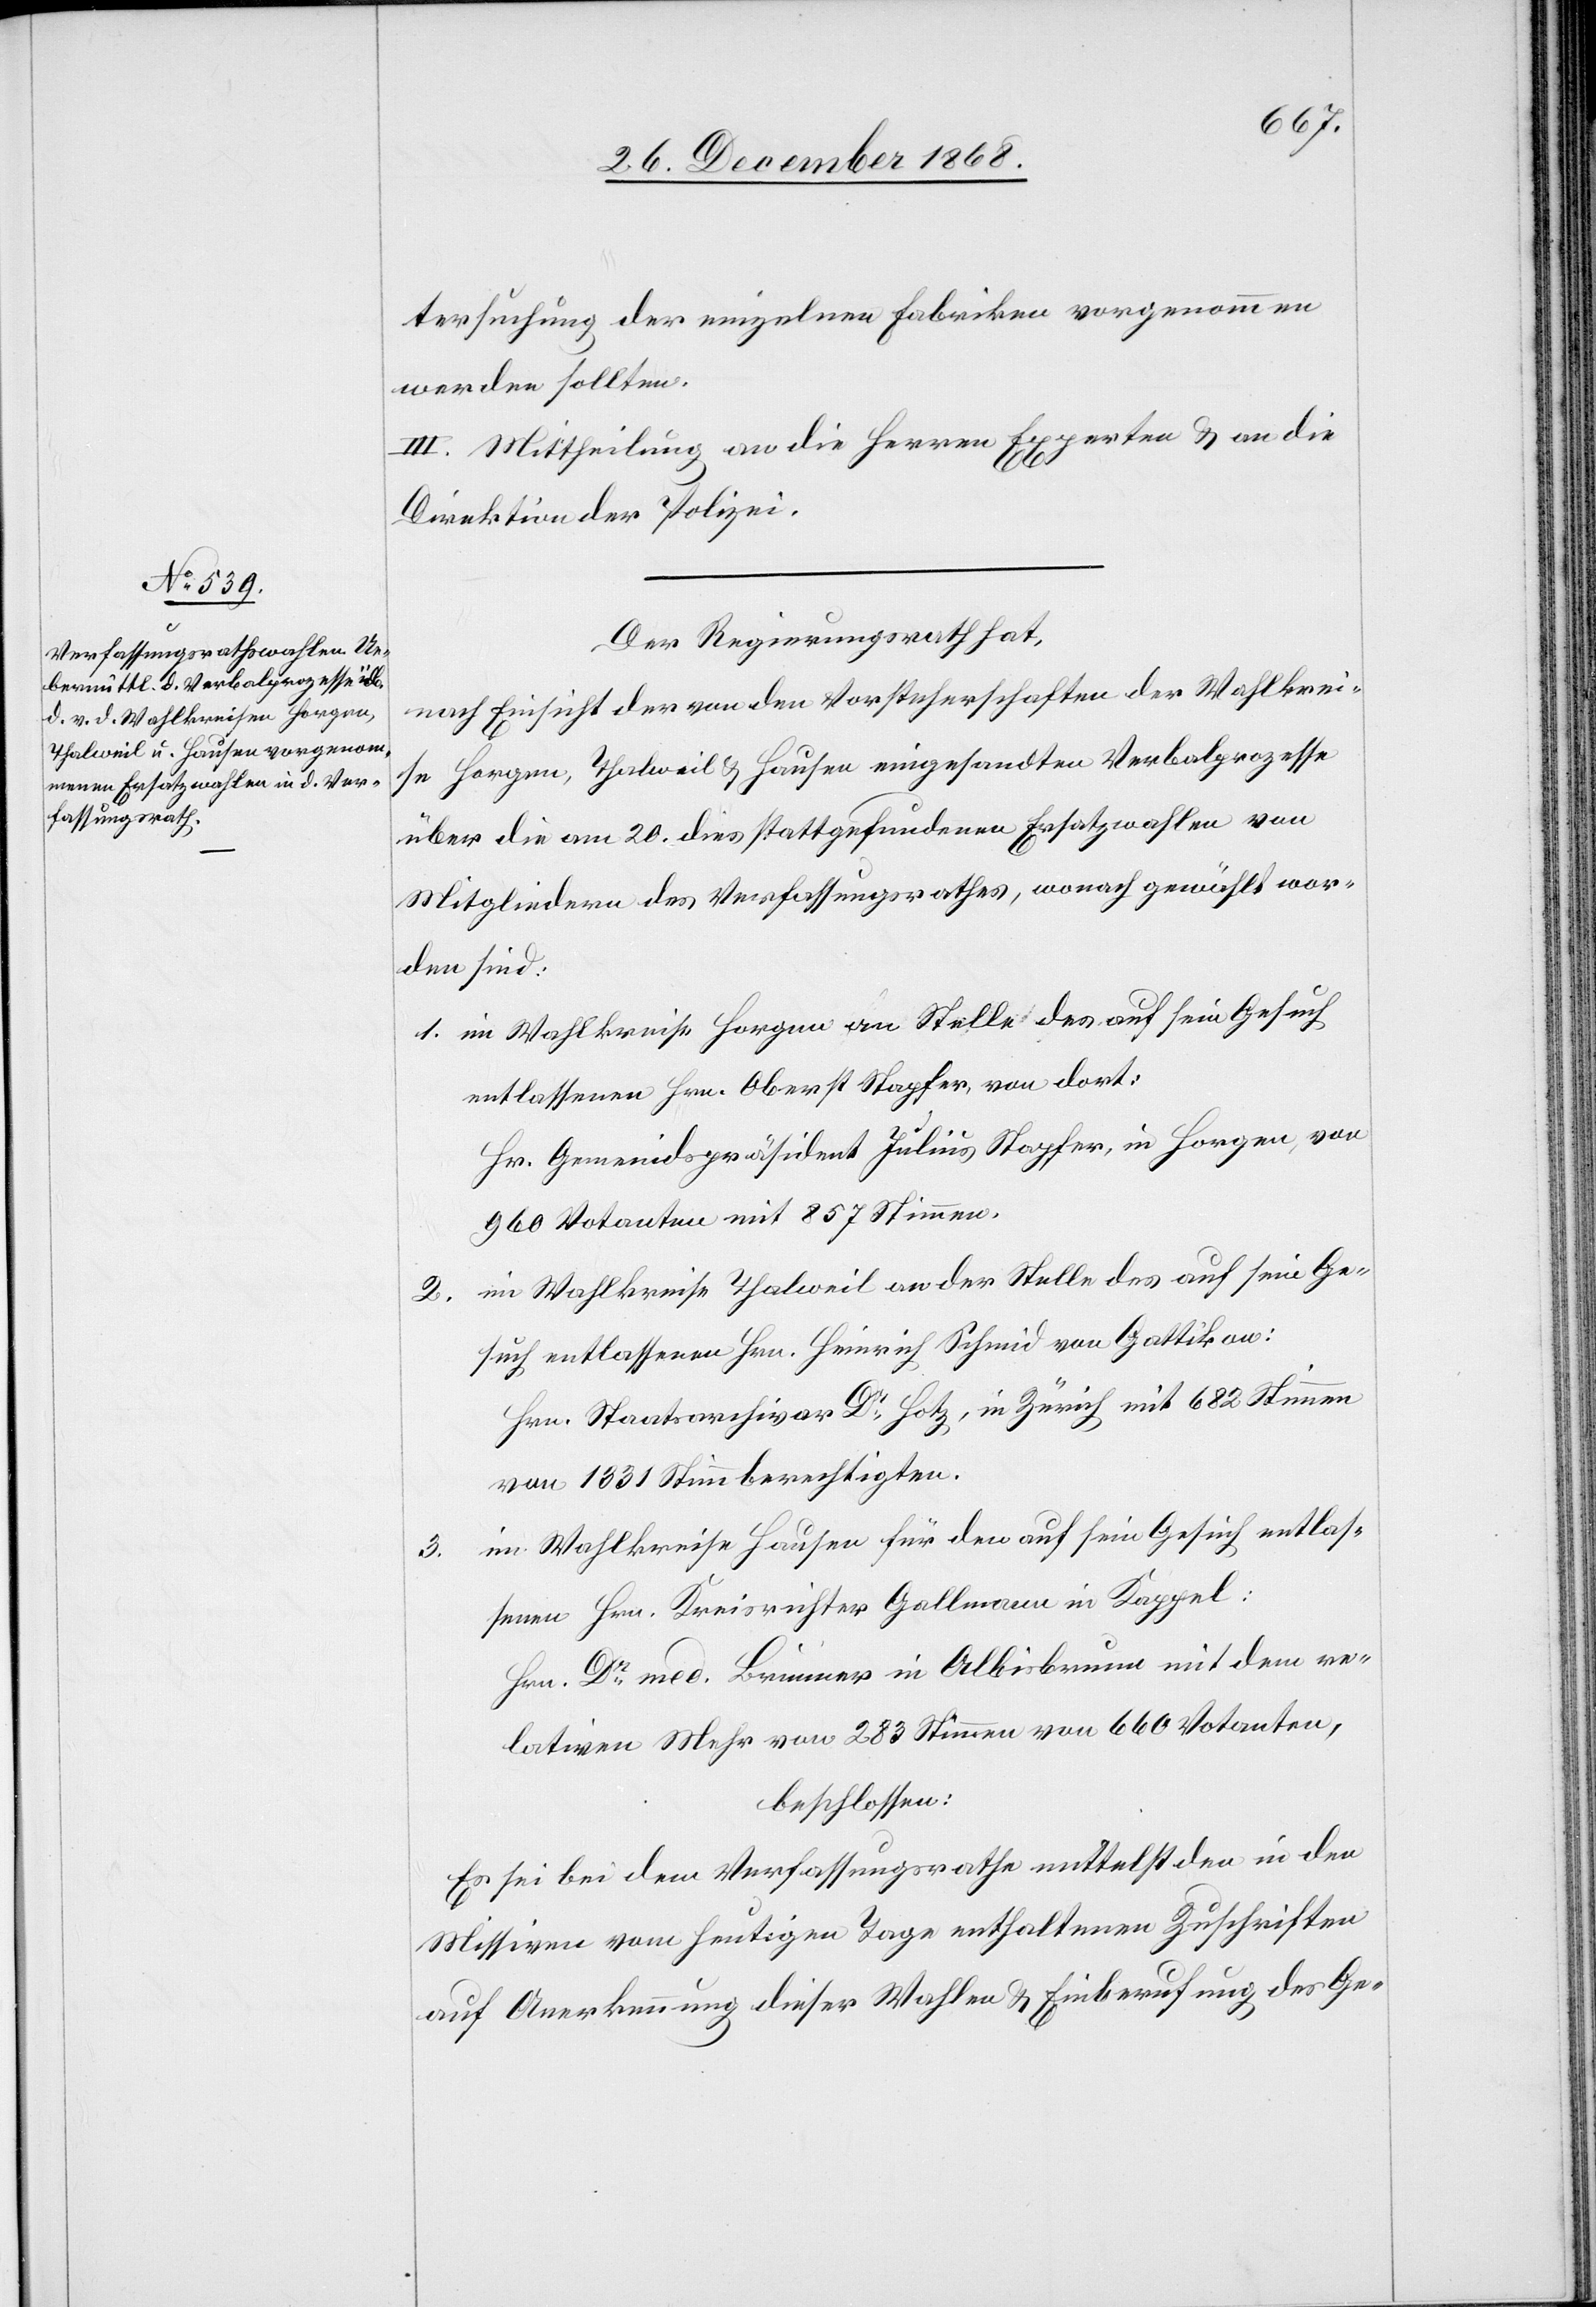
cte:

tersuchung der einzelnen Fabriken vorgenommen
werden sollten.
IV.] Mittheilung an die Herren Experten & an die
Direktion der Polizei.
Der Regierungsrath hat,
nach Einsicht der von den Vorsteherschaften der Wahlkrei¬
se Horgen, Thalweil & Hausen eingesandten Verbalprozesse
über die am 20. dies stattgefundenen Ersatzwahlen von
Mitgliedern des Verfassungsrathes, wonach gewählt wor¬
den sind:
im Wahlkreise Horgen an Stelle des auf sein Gesuch
entlassenen Hrn. Oberst Stapfer, von dort:
Hr. Gemeindspräsident Julius Stapfer, in Horgen, von
960 Votanten mit 857 Stimmen.
im Wahlkreise Thalweil an der Stelle des auf sein Ge¬
2.
such entlassenen Hrn. Heinrich Schmid von Gattikon:
Hrn. Staatsarchivar Dr Hotz, in Zürich mit 682 Stimmen
von 1331 Stimmberechtigten.
im Wahlkreise Hausen für den auf sein Gesuch entlas¬
3.
senen Hrn. Kreisrichter Gallmann in Kappel:
Hrn. Dr med. Brunner in Albisbrunn mit dem re¬
lativen Mehr von 283 Stimmen von 660 Votanten,
beschlossen:
Es sei bei dem Verfassungsrathe mittelst den in den
Missiven vom heutigen Tage enthaltenen Zuschriften
auf Anerkennung dieser Wahlen & Einberufung des [re¬